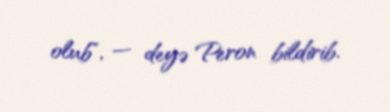
olub", — deyə Peron bildirib.